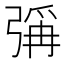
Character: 𪫁